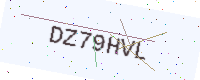
Text: DZ79HVL